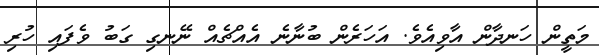
މަތީން ހަނދާން އާވިއެވެ. އަހަރެން ބުނާނެ އެއްޗެއް ނޭނގި ގަބު ވެފައި ހުރި